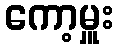
ကော့မှူး